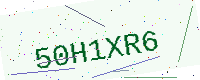
Text: 50H1XR6